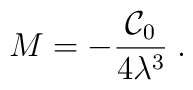
M = - \frac{\mathcal{C}_0}{4\lambda^3}\; .